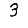
Digit: 3